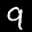
Label: 9